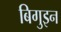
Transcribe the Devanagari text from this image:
बिगुइन